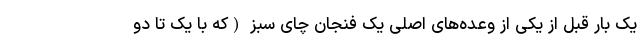
یک بار قبل از یکی از وعده‌های اصلی یک فنجان چای سبز (که با یک تا دو